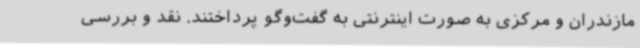
مازندران و مرکزی به صورت اینترنتی به ‌گفت‌وگو پرداختند. نقد و بررسی